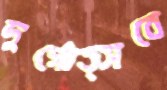
দুর্গোত্সবে